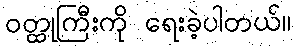
ဝတ္ထုကြီးကို ရေးခဲ့ပါတယ်။